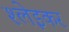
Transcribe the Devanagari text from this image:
श्लेइकर